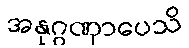
အနုဂ္ဂဏှာပေသိ